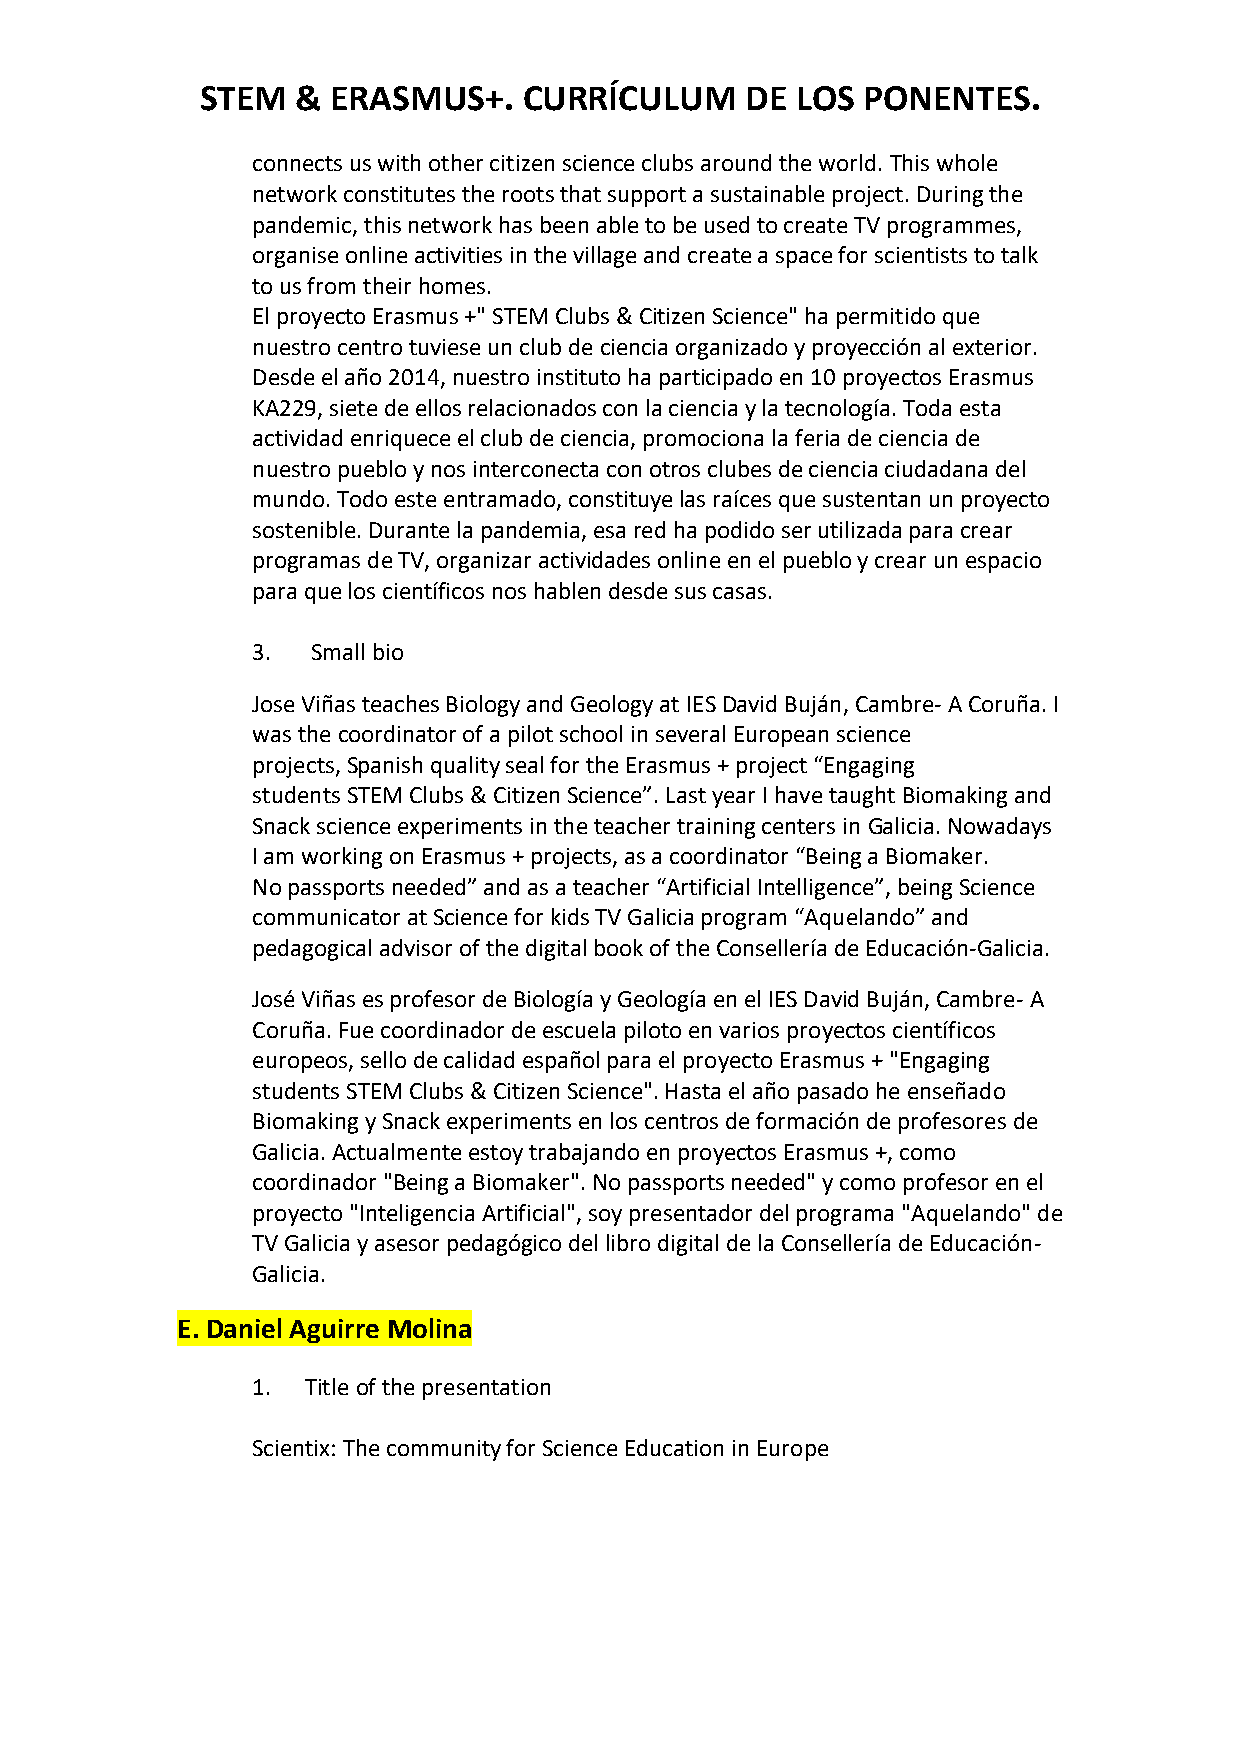
STEM   & ERASMUS+.    CURRÍCULUM    DE  LOS PONENTES.
 connects us with other citizen science clubs around the world. This whole
 network constitutes the roots that support a sustainable project. During the
 pandemic, this network has been able to be used to create TV programmes,
 organise online activities in the village and create a space for scientists to talk
 to us from their homes.
 El proyecto Erasmus +" STEM Clubs & Citizen Science" ha permitido que
 nuestro centro tuviese un club de ciencia organizado y proyección al exterior.
 Desde el año 2014, nuestro instituto ha participado en 10 proyectos Erasmus
 KA229, siete de ellos relacionados con la ciencia y la tecnología. Toda esta
 actividad enriquece el club de ciencia, promociona la feria de ciencia de
 nuestro pueblo y nos interconecta con otros clubes de ciencia ciudadana del
 mundo. Todo este entramado, constituye las raíces que sustentan un proyecto
 sostenible. Durante la pandemia, esa red ha podido ser utilizada para crear
 programas de TV, organizar actividades online en el pueblo y crear un espacio
 para que los científicos nos hablen desde sus casas.
 3.  Small bio
 Jose Viñas teaches Biology and Geology at IES David Buján, Cambre- A Coruña. I
 was the coordinator of a pilot school in several European science
 projects, Spanish quality seal for the Erasmus + project “Engaging
 students STEM Clubs & Citizen Science”. Last year I have taught Biomaking and
 Snack science experiments in the teacher training centers in Galicia. Nowadays
 I am working on Erasmus + projects, as a coordinator “Being a Biomaker.
 No passports needed” and as a teacher “Artificial Intelligence”, being Science
 communicator at Science for kids TV Galicia program “Aquelando” and
 pedagogical advisor of the digital book of the Consellería de Educación-Galicia.
 José Viñas es profesor de Biología y Geología en el IES David Buján, Cambre- A
 Coruña. Fue coordinador de escuela piloto en varios proyectos científicos
 europeos, sello de calidad español para el proyecto Erasmus + "Engaging
 students STEM Clubs & Citizen Science". Hasta el año pasado he enseñado
 Biomaking y Snack experiments en los centros de formación de profesores de
 Galicia. Actualmente estoy trabajando en proyectos Erasmus +, como
 coordinador "Being a Biomaker". No passports needed" y como profesor en el
 proyecto "Inteligencia Artificial", soy presentador del programa "Aquelando" de
 TV Galicia y asesor pedagógico del libro digital de la Consellería de Educación-
 Galicia.
 E. Daniel Aguirre Molina
 1. Title of the presentation
 Scientix: The community for Science Education in Europe